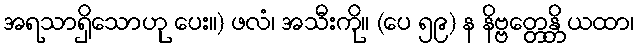
အရသာရှိသောဟု ပေး။) ဖလံ၊ အသီးကို။ (ပေ ၅၉) န နိဗ္ဗတ္တေန္တိ ယထာ၊